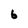
Character: 6